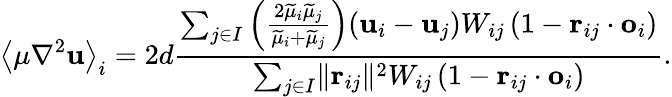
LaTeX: \left<\mu\nabla^{2}\mathbf{u}\right>_{i}=2d\frac{\sum_{j\in I}\left(\frac{2\widetilde{\mu}_{i}\widetilde{\mu}_{j}}{\widetilde{\mu}_{i}+\widetilde{\mu}_{j}}\right)(\mathbf{u}_{i}-\mathbf{u}_{j})W_{ij}\left(1-\mathbf{r}_{ij}\cdot\mathbf{o}_{i}\right)}{\sum_{j\in I}\lVert\mathbf{r}_{ij}\rVert^{2}W_{ij}\left(1-\mathbf{r}_{ij}\cdot\mathbf{o}_{i}\right)}.